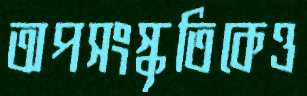
অপসংস্কৃতিকেও